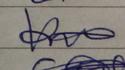
Signature authenticity: forged